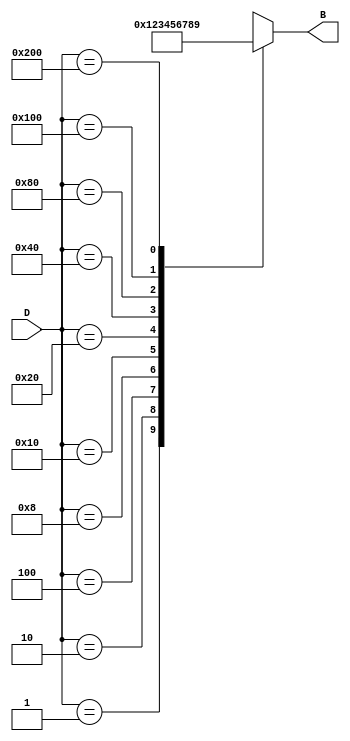
module DecimalToBinaryEncoder (
    input wire [9:0] D, // 10 input lines (D0 to D9)
    output reg [3:0] B  // 4-bit binary output (B3 to B0)
);

always @(*) begin
    case (D)
        10'b0000000001: B = 4'b0000; // D0
        10'b0000000010: B = 4'b0001; // D1
        10'b0000000100: B = 4'b0010; // D2
        10'b0000001000: B = 4'b0011; // D3
        10'b0000010000: B = 4'b0100; // D4
        10'b0000100000: B = 4'b0101; // D5
        10'b0001000000: B = 4'b0110; // D6
        10'b0010000000: B = 4'b0111; // D7
        10'b0100000000: B = 4'b1000; // D8
        10'b1000000000: B = 4'b1001; // D9
        default:        B = 4'bxxxx; // Invalid state (no input high)
    endcase
end

endmodule